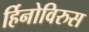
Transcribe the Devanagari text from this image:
र्हिनोविरुस